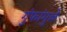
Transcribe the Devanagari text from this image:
गुंफांमुळे